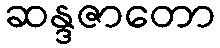
ဆန္ဒဇာတော